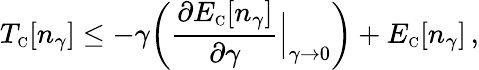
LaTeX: T_{\scriptscriptstyle\mathrm{C}}[n_{\gamma}]\leq-\gamma\bigg(\frac{\partial E_{\scriptscriptstyle\mathrm{C}}[n_{\gamma}]}{\partial\gamma}\Bigr|_{\gamma\to 0}\bigg)+E_{\scriptscriptstyle\mathrm{C}}[n_{\gamma}]\, ,